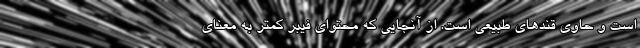
است و حاوی قندهای طبیعی است. از آنجایی که محتوای فیبر کمتر به معنای